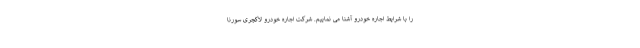
را با شرایط اجاره خودرو آشنا می نماییم. شرکت اجاره خودرو لاکچری سورنا